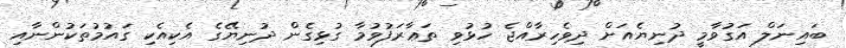
ބައިނަލް އަގުވާމީ ދުނިޔެއަށް ދިވެހިރާއްޖެ ހުޅުވި ތަޢާރަފުވުމާ ގުޅިގެން ދުނިޔޭގެ އެކިއެކި ގައުމުތަކުންނާއި